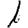
Digit: 1